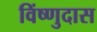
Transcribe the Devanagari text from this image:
विंष्णुदास